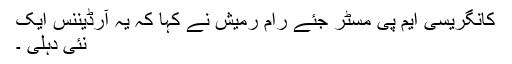
کانگریسی ایم پی مسٹر جئے رام رمیش نے کہا کہ یہ آرڈیننس ایک
نئی دہلی ۔